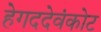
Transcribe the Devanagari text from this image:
हेगददेवंकोट